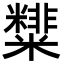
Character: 𥽑